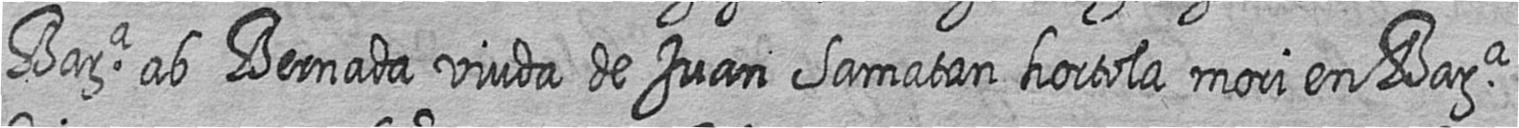
Bara ab Bernada viuda de Juan Samatan hortola mori en Bara